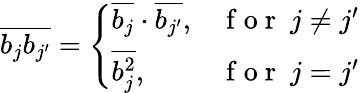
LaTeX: \begin{array}{r}{\overline{{b_{j}b_{j^{\prime}}}}=\left\{ \begin{array}{ll}{\overline{{b_{j}}}\cdot\overline{{b_{j^{\prime}}}},}&{\mathrm{~f~o~r~}\ j\ne j^{\prime}}\\ {\overline{{b_{j}^{2}}},}&{\mathrm{~f~o~r~}\ j=j^{\prime}}\end{array}\right.}\end{array}